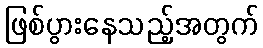
ဖြစ်ပွားနေသည့်အတွက်